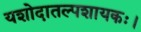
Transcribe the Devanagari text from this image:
यशोदातल्पशायकः।